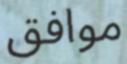
موافق